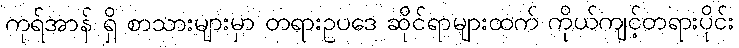
ကုရ်အာန် ရှိ စာသားများမှာ တရားဥပဒေ ဆိုင်ရာများထက် ကိုယ်ကျင့်တရားပိုင်း